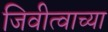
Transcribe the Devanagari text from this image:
जिवीत्वाच्या